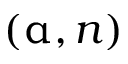
( \upalpha , n )